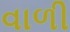
વાળી